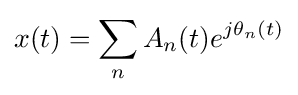
x(t)=\sum _{n}A_{n}(t)e^{j\theta _{n}(t)}